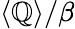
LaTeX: \langle\mathbb{Q}\rangle/\beta